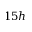
1 5 h